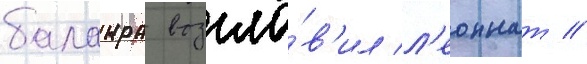
балакра возгла́в'ил л'еоннат //